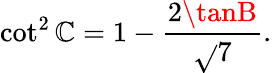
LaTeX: \cot^{2}\mathbb{C}=1-{\frac{{2\tanB}}{{\sqrt{}{{7}}}}}.